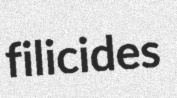
filicides